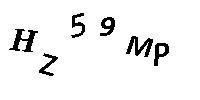
HZ59MP